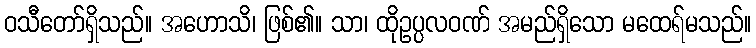
ဝသီတော်ရှိသည်။ အဟောသိ၊ ဖြစ်၏။ သာ၊ ထိုဥပ္ပလဝဏ် အမည်ရှိသော မထေရ်မသည်။